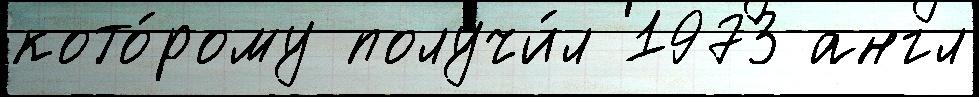
кото́рому получи́л 1973 англ